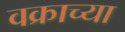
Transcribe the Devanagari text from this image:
वक्राच्या